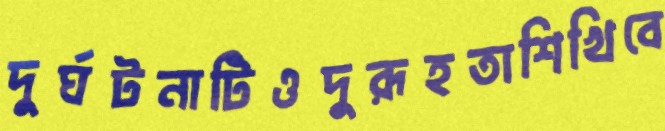
দুর্ঘটনাটিওদুরূহতাশিখিবে